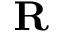
\textbf { R }